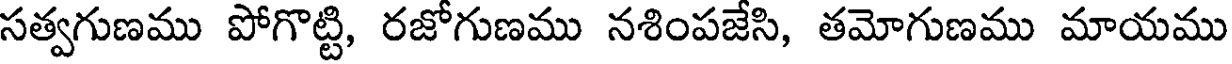
సత్వగుణము పోగొట్టి, రజోగుణము నశింపజేసి, తమోగుణము మాయము